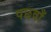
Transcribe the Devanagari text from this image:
पछवाँ